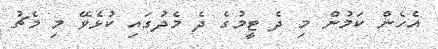
އެހެން ކަމުން މި ދެ ޓީމުގެ ދެ މެދުގައި ކުޅެވޭ މި މެޗު